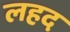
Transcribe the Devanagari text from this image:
लहद